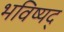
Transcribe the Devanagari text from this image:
भविष्यद्